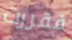
فقررت